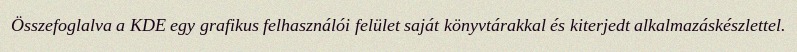
Összefoglalva a KDE egy grafikus felhasználói felület saját könyvtárakkal és kiterjedt alkalmazáskészlettel.